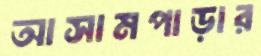
আসামপাড়ার